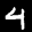
Digit: 4